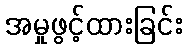
အမှုဖွင့်ထားခြင်း